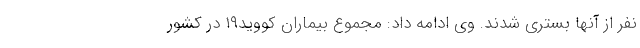
نفر از آنها بستری شدند. وی ادامه داد: مجموع بیماران کووید۱۹ در کشور